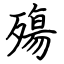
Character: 殤